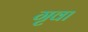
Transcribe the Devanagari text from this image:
गृवा